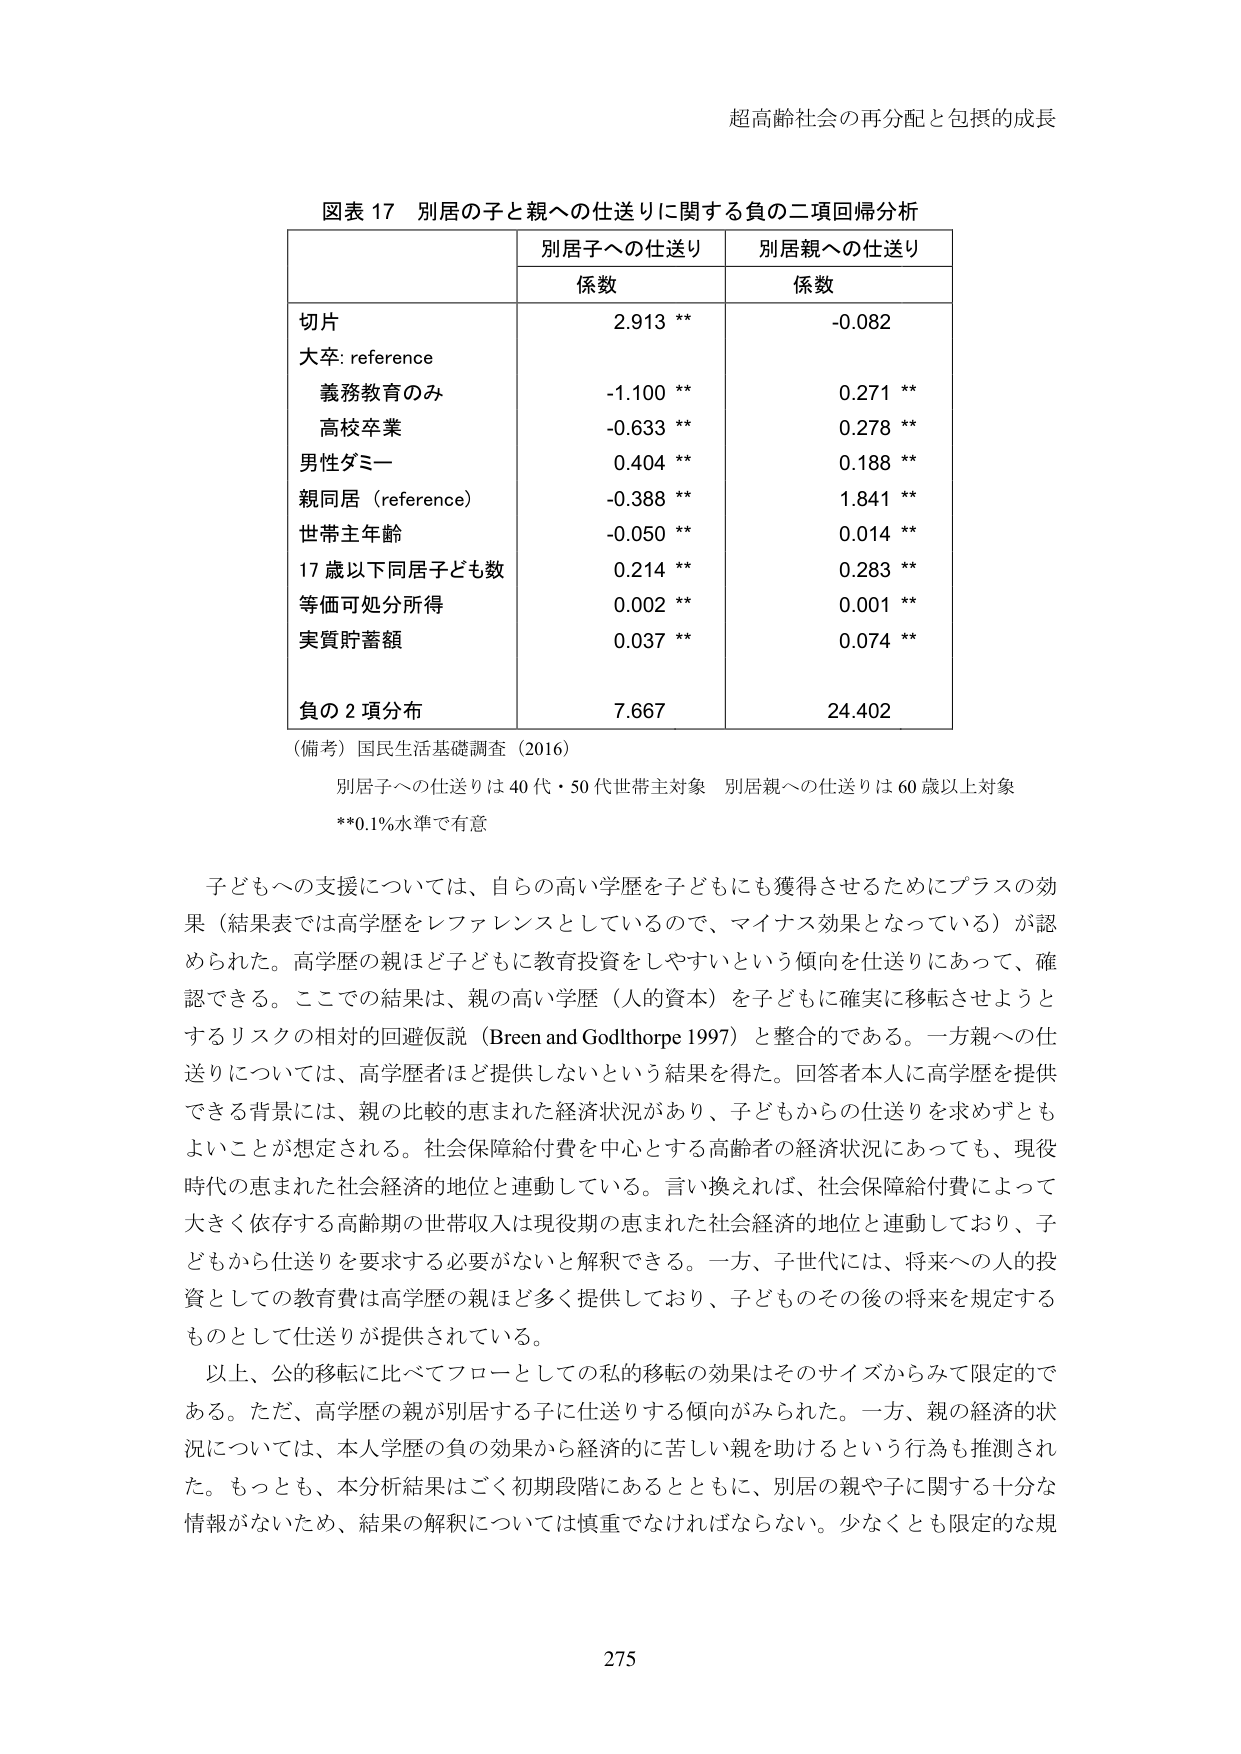
超高齢社会の再分配と包摂的成長

図表 17 別居の子と親への仕送りに関する負の二項回帰分析

| | 別居子への仕送り | 別居親への仕送り |
|---|---|---|
| | 係数 | 係数 |
| 切片 | 2.913 ** | -0.082 |
| 大卒: reference | | |
| 義務教育のみ | -1.100 ** | 0.271 ** |
| 高校卒業 | -0.633 ** | 0.278 ** |
| 男性ダミー | 0.404 ** | 0.188 ** |
| 親同居（reference） | -0.388 ** | 1.841 ** |
| 世帯主年齢 | -0.050 ** | 0.014 ** |
| 17 歳以下同居子ども数 | 0.214 ** | 0.283 ** |
| 等価可処分所得 | 0.002 ** | 0.001 ** |
| 実質貯蓄額 | 0.037 ** | 0.074 ** |
| 負の 2 項分布 | 7.667 | 24.402 |

（備考）国民生活基礎調査（2016）
別居子への仕送りは 40 代・50 代世帯主対象 別居親への仕送りは 60 歳以上対象
**0.1%水準で有意

子どもへの支援については、自らの高い学歴を子どもにも獲得させるためにプラスの効果（結果表では高学歴をレファレンスとしているので、マイナス効果となっている）が認められた。高学歴の親ほど子どもに教育投資をしやすいという傾向を仕送りにあって、確認できる。ここでの結果は、親の高い学歴（人的資本）を子どもに確実に移転させようとするリスクの相対的回避仮説（Breen and Godlthorpe 1997）と整合的である。一方親への仕送りについては、高学歴者ほど提供しないという結果を得た。回答者本人に高学歴を提供できる背景には、親の比較的恵まれた経済状況があり、子どもからの仕送りを求めずともよいことが想定される。社会保障給付費を中心とする高齢者の経済状況にあっても、現役時代の恵まれた社会経済的地位と連動している。言い換えれば、社会保障給付費によって大きく依存する高齢期の世帯収入は現役期の恵まれた社会経済的地位と連動しており、子どもから仕送りを要求する必要がないと解釈できる。一方、子世代には、将来への人的投資としての教育費は高学歴の親ほど多く提供しており、子どものその後の将来を規定するものとして仕送りが提供されている。

以上、公的移転に比べてフローとしての私的移転の効果はそのサイズからみて限定的である。ただ、高学歴の親が別居する子に仕送りする傾向がみられた。一方、親の経済的状況については、本人学歴の負の効果から経済的に苦しい親を助けるという行為も推測された。もっとも、本分析結果はごく初期段階にあるとともに、別居の親や子に関する十分な情報がないため、結果の解釈については慎重でなければならない。少なくとも限定的な規

275